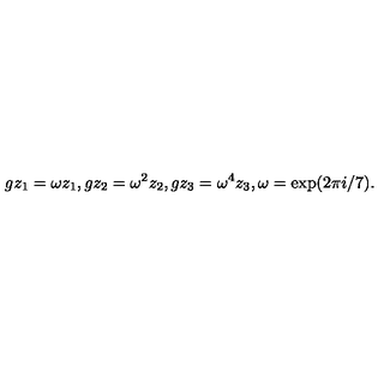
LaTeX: g z _ { 1 } = \omega z _ { 1 } , g z _ { 2 } = \omega ^ { 2 } z _ { 2 } , g z _ { 3 } = \omega ^ { 4 } z _ { 3 } , \omega = \exp ( 2 \pi i / 7 ) .